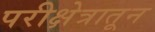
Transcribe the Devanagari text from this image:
परीक्षेत्रातून